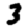
Digit: 3